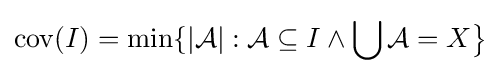
\operatorname {cov} (I)=\min\{|{\mathcal {A}}|:{\mathcal {A}}\subseteq I\wedge \bigcup {\mathcal {A}}=X{\big \}}